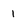
Character: 1